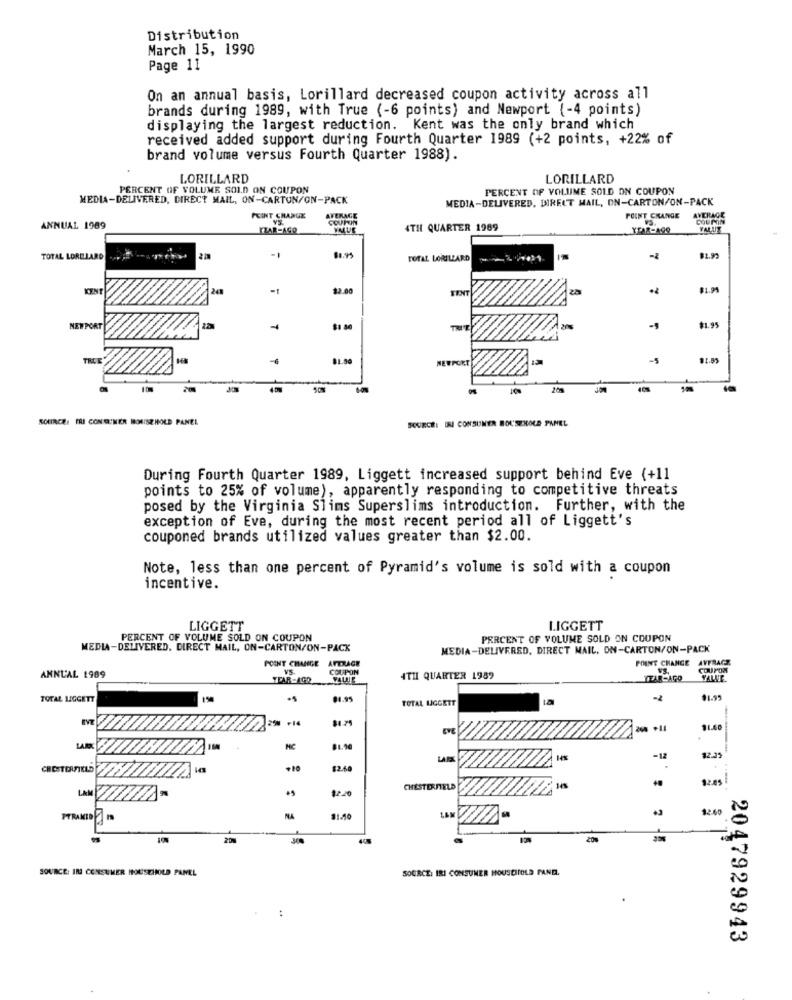
Distribution
March 15, 1990
Page 11
On an annual basis, Lorillard decreased coupon activity across all
brands during 1989, with True (-6 points) and Newport (-4 points)
displaying the largest reduction. Kent was the only brand which
received added support during Fourth Quarter 1989 (+2 points, +22% of
brand volume versus Fourth Quarter 1988).
LORILLARD
LORILLARD
PERCENT OF VOLUME SOLD ON COUPON
PERCENT OF VOLUME SOLD ON COUPON
MEDIA-DELIVERED, DIRECT MAIL, ON-CARTUN/ON-PACK
MEDIA-DELIVERED. DIRECT MAIL, ON-CARTON/ON-PACK
POINT CHANGE
AVERAGE
COUPON
POINT CHANGE
AVERAGE
COUPON
ANNUAL 1989
IZAR-AGO
4TH QUARTER 1969
YEAR-499
VALUE
TOTAL LORELLARD
TOTAL LORILLARD
-
$2.99
KENT
248
TENT
2.5
$1.95
$1.95
NEWPORT
81.80
NETPORT
-5
81.85
SOURCE: ERI CONSUMER HOUSEHOLD PANEL
SOURCE: INI CONSUMER HOUSEHOLD PAPEL
During Fourth Quarter 1989, Liggett increased support behind Eve (+11
points to 25% of volume), apparently responding to competitive threats
posed by the Virginia Slims Superslims introduction. Further, with the
exception of Eve, during the most recent period all of Liggett's
couponed brands utilized values greater than $2.00.
Note, less than one percent of Pyramid's volume is sold with a coupon
incentive.
LIGGETT
LIGGETT
PERCENT OF VOLUME SOLD ON COUPON
PERCENT OF VOLUME SOLD ON COUPON
MEDIA-DELIVERED, DIRECT MAIL, ON-CARTON/ON-PACK
MEDIA-DELIVERED, DIRECT MAIL. ON-CARTON/ON-PACK
POINT CHANGE AFTRAGE
POINT CHANGE
AVFRACZ
COUPON
VS.
COUPON
ANNUAL 1989
YEAR-AGO
VALUE
4TH QUARTER 1989
YEAR-AGO
VALLE.
TOTAL LIGGETT
81.95
TOTAL LIGGETT
-2
$1.99
+14
81-71
11.60
LARA
HC
81.90
-12
12.33
CHESTERFIELD
$2.60
32.45
LAM
CHESTERFIELD
PTRAKID
MA
11.40
12.60
25%
SOURCE: IN CONSUMER HOUSEHOLD PANEL
SOURCE: IRI CONSUMER HOUSEITOLD FAND.
2047929943